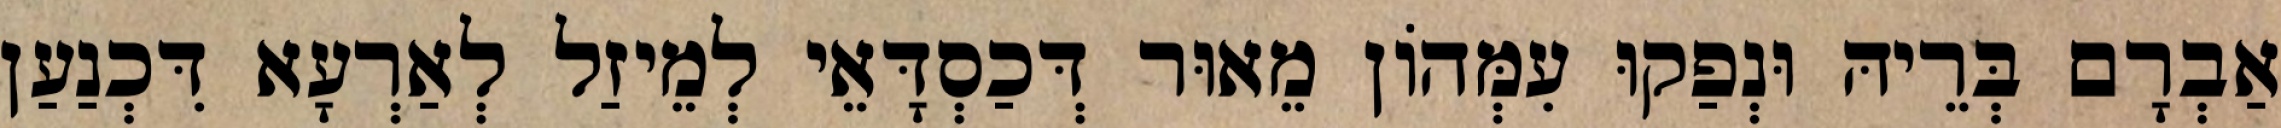
אַבְרָם בְּרֵיהּ וּנְפַקוּ עִמְּהוֹן מֵאוּר דְּכַסְדָּאֵי לְמֵיזַל לְאַרְעָא דִּכְנַעַן